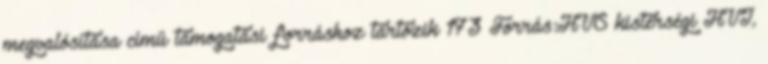
megvalósítása című támogatási forráshoz tartozik 173 Forrás:HVS kistérségi HVI,